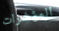
المؤشرات